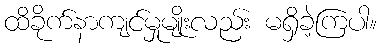
ထိခိုက်နာကျင်မှုမျိုးလည်း မရှိခဲ့ကြပါ။